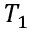
T _ { 1 }